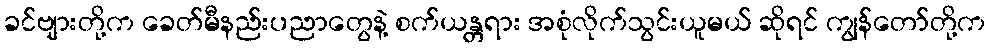
ခင်ဗျားတို့က ခေတ်မီနည်းပညာတွေနဲ့ စက်ယန္တရား အစုံလိုက်သွင်းယူမယ် ဆိုရင် ကျွန်တော်တို့က